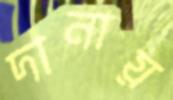
দানায়